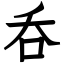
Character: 呑